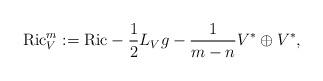
LaTeX: \begin{align*}{\rm Ric}^m_{V} := {\rm Ric} -\frac{1}{2} L_V g - \frac{1}{m-n} V^*\oplus V^*, \end{align*}